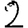
Digit: 2